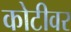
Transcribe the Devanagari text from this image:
कोटीवर